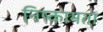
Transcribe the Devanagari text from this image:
निष्कामता